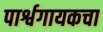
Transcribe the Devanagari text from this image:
पार्श्वगायकचा